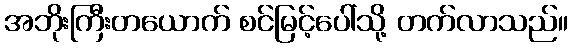
အဘိုးကြီးတယောက် စင်မြင့်ပေါ်သို့ တက်လာသည်။